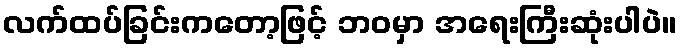
လက်ထပ်ခြင်းကတော့ဖြင့် ဘဝမှာ အရေးကြီးဆုံးပါပဲ။